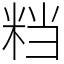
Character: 𥹥